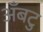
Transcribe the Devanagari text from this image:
अँबटु